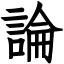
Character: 論